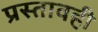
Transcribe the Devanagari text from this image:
प्रस्तावही